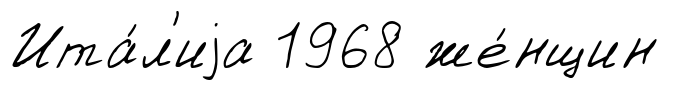
Ита́л'иjа 1968 же́нщин